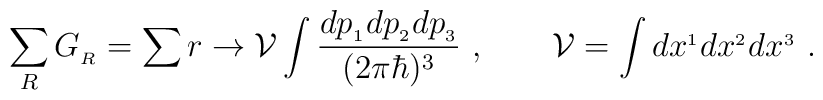
\sum_R G_{_R}=\sum r\rightarrow {\cal V}\int{ dp_{_1}dp_{_2}dp_{_3}    \over (2\pi\hbar)^3}\ ,\qquad   {\cal V}=\int dx^{_1}dx^{_2}dx^{_3} \ .